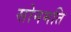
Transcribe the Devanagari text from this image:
सोनमति